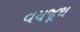
વયજૂથ